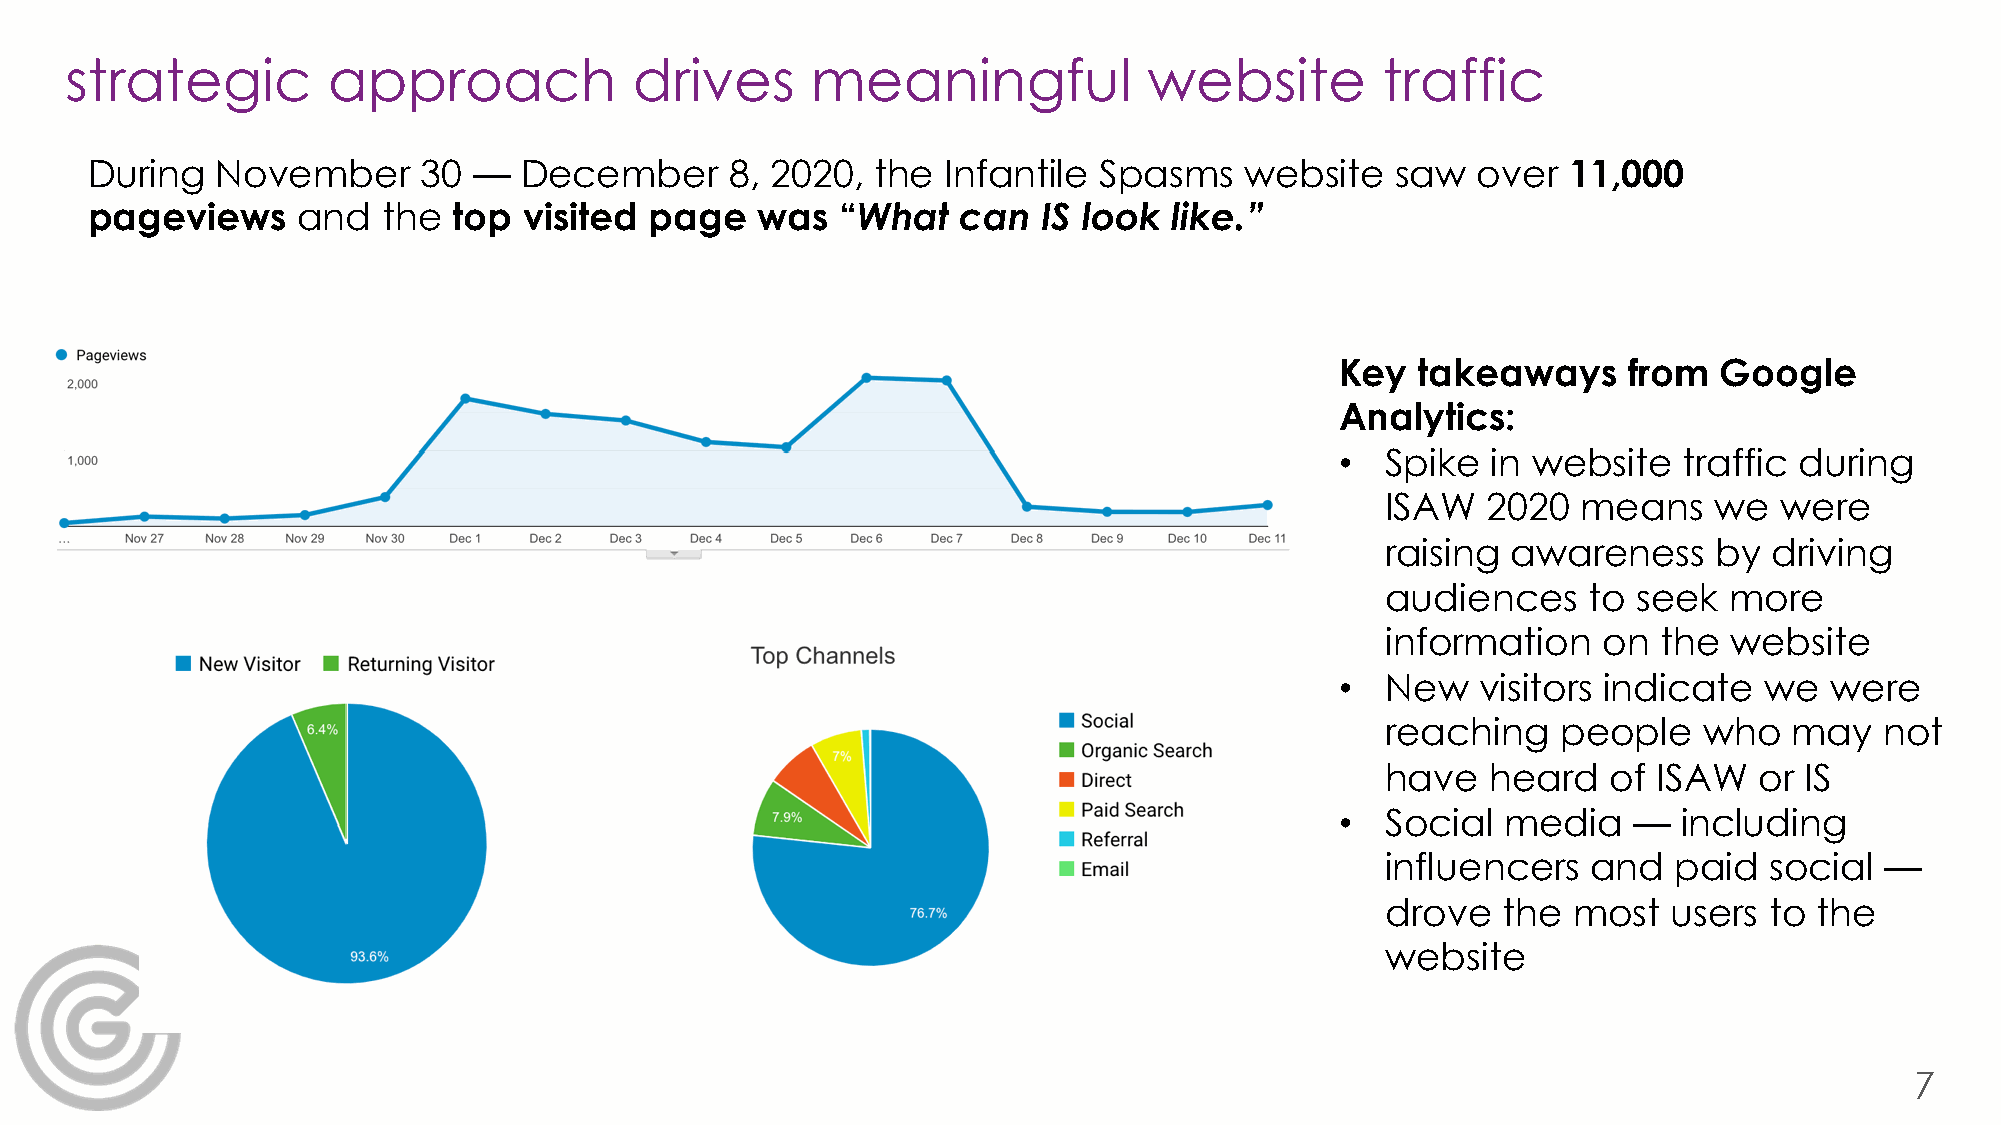
strategic         approach            drives      meaningful            website        traffic
 During  November      30 —  December      8, 2020,  the  Infantile Spasms   website   saw   over  11,000
 pageviews     and  the  top  visited page   was   “What   can  IS look like.”
 Key  takeaways     from  Google
 Analytics:
 •  Spike  in website  traffic during
 ISAW  2020   means   we   were
 raising awareness     by driving
 audiences    to seek  more
 information   on  the  website
 •  New   visitors indicate  we  were
 reaching   people    who   may   not
 have   heard   of ISAW  or IS
 •  Social  media   —  including
 influencers  and   paid  social  —
 drove  the  most   users to the
 website
 7